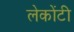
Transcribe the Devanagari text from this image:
लेकोंटी